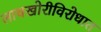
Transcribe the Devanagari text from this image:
लाचखोरीविरोधात